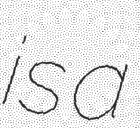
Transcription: is a